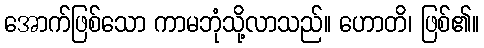
အောက်ဖြစ်သော ကာမဘုံသို့လာသည်။ ဟောတိ၊ ဖြစ်၏။